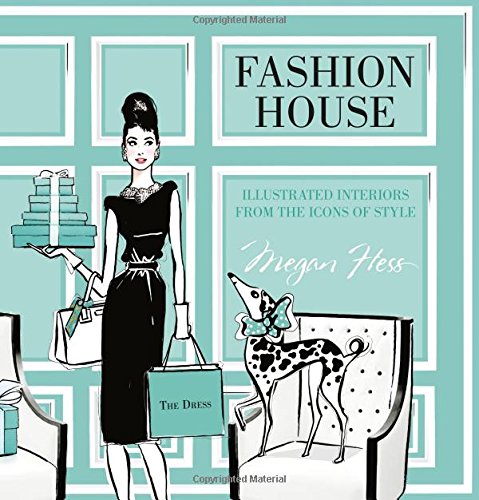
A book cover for Fashion House: Illustrated Interiors from the Icons of Style; Megan Hess; Arts & Photography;